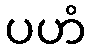
ပဟံ